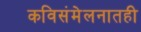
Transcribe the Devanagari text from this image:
कविसंमेलनातही